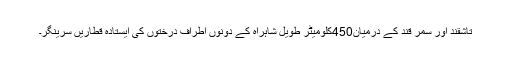
تاشقند اور سمر قند کے درمیان450کلومیٹر طویل شاہراہ کے دونوں اطراف درختوں کی ایستادہ قطاریں سرینگر۔